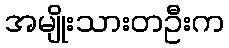
အမျိုးသားတဦးက